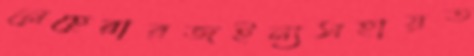
নেহেরারজইন্যসহায়ত